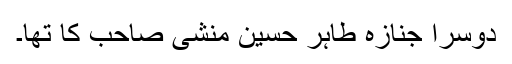
دوسرا جنازہ طاہر حسین منشی صاحب کا تھا۔